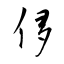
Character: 侈